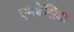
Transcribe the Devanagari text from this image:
एमबेसिक